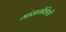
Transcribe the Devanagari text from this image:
मांसामेशियों